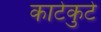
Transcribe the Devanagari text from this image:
काटेकुटे